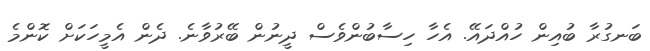
ބަނގުރާ ބުއިން ހުއްދައޭ. އެހާ ހިސާބުންވެސް ދީނުން ބޭރުވާނެ. ދެން އެމީހަކަށް ކޮންމެ